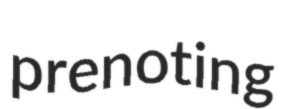
prenoting